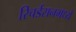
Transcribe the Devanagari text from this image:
रिचर्डसनमध्ये